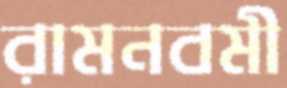
রামনবমী